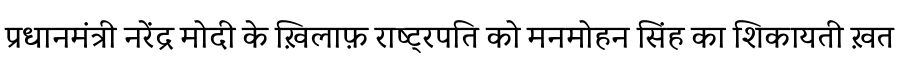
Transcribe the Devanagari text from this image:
प्रधानमंत्री नरेंद्र मोदी के ख़िलाफ़ राष्ट्रपति को मनमोहन सिंह का शिकायती ख़त